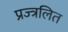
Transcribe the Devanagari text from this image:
प्रज्त्रलित